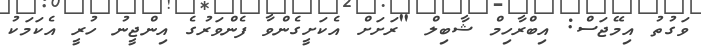
ވަގުތު އިމޭޖަސް: އިބްރާހިމް ޝާބިލް "ރަށަށް އެކަށީގެންވާ ފެންވަރުގެ އިންޖީނު ހުރީ އެކަމަކު